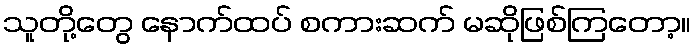
သူတို့တွေ နောက်ထပ် စကားဆက် မဆိုဖြစ်ကြတော့။